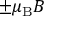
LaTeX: \pm \mu _ { \mathrm { { B } } } B